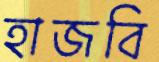
হাজবি